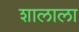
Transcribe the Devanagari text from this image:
शालाला